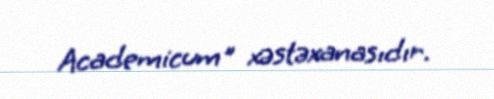
Academicum" xəstəxanasıdır.